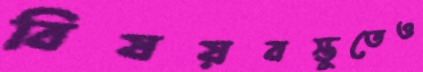
বিষয়বস্তুতেও